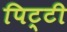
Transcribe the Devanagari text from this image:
पिट्टी